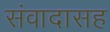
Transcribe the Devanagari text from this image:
संवादासह